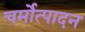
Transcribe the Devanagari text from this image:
चर्मोत्पादन